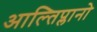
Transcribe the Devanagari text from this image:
आल्तिप्लानो